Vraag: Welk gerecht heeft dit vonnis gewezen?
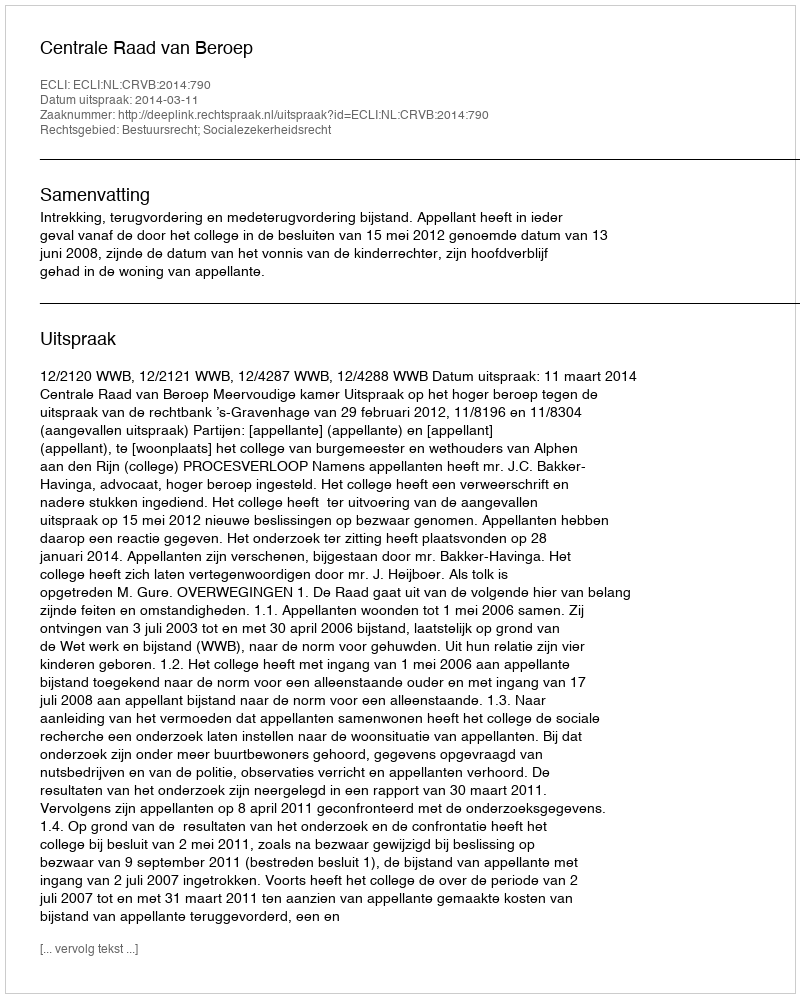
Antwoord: Centrale Raad van Beroep